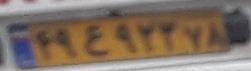
۴۹ع۹۲۳۷۸